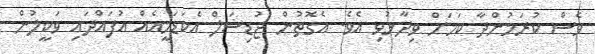
ވެސް ކުރަމުންދާ ކަމަށް ވިދާޅުވި އެވެ. އެގޮތުން ޖުޑިޝަލް އެކަޑަމީއެއް އުފައްދައި ވަކީލުން